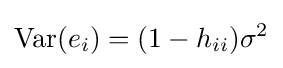
\operatorname {Var} (e_{i})=(1-h_{ii})\sigma ^{2}